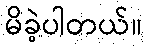
မိခဲ့ပါတယ်။